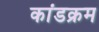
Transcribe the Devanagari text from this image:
कांडक्रम